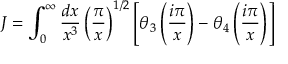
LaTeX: { \cal J } = \int _ { 0 } ^ { \infty } { \frac { d x } { x ^ { 3 } } } \left( { \frac { \pi } { x } } \right) ^ { 1 / 2 } \left[ \theta _ { 3 } \left( { \frac { i \pi } { x } } \right) - \theta _ { 4 } \left( { \frac { i \pi } { x } } \right) \right]